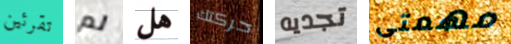
تقرئين لم هل حركتك تجديه مهمتى